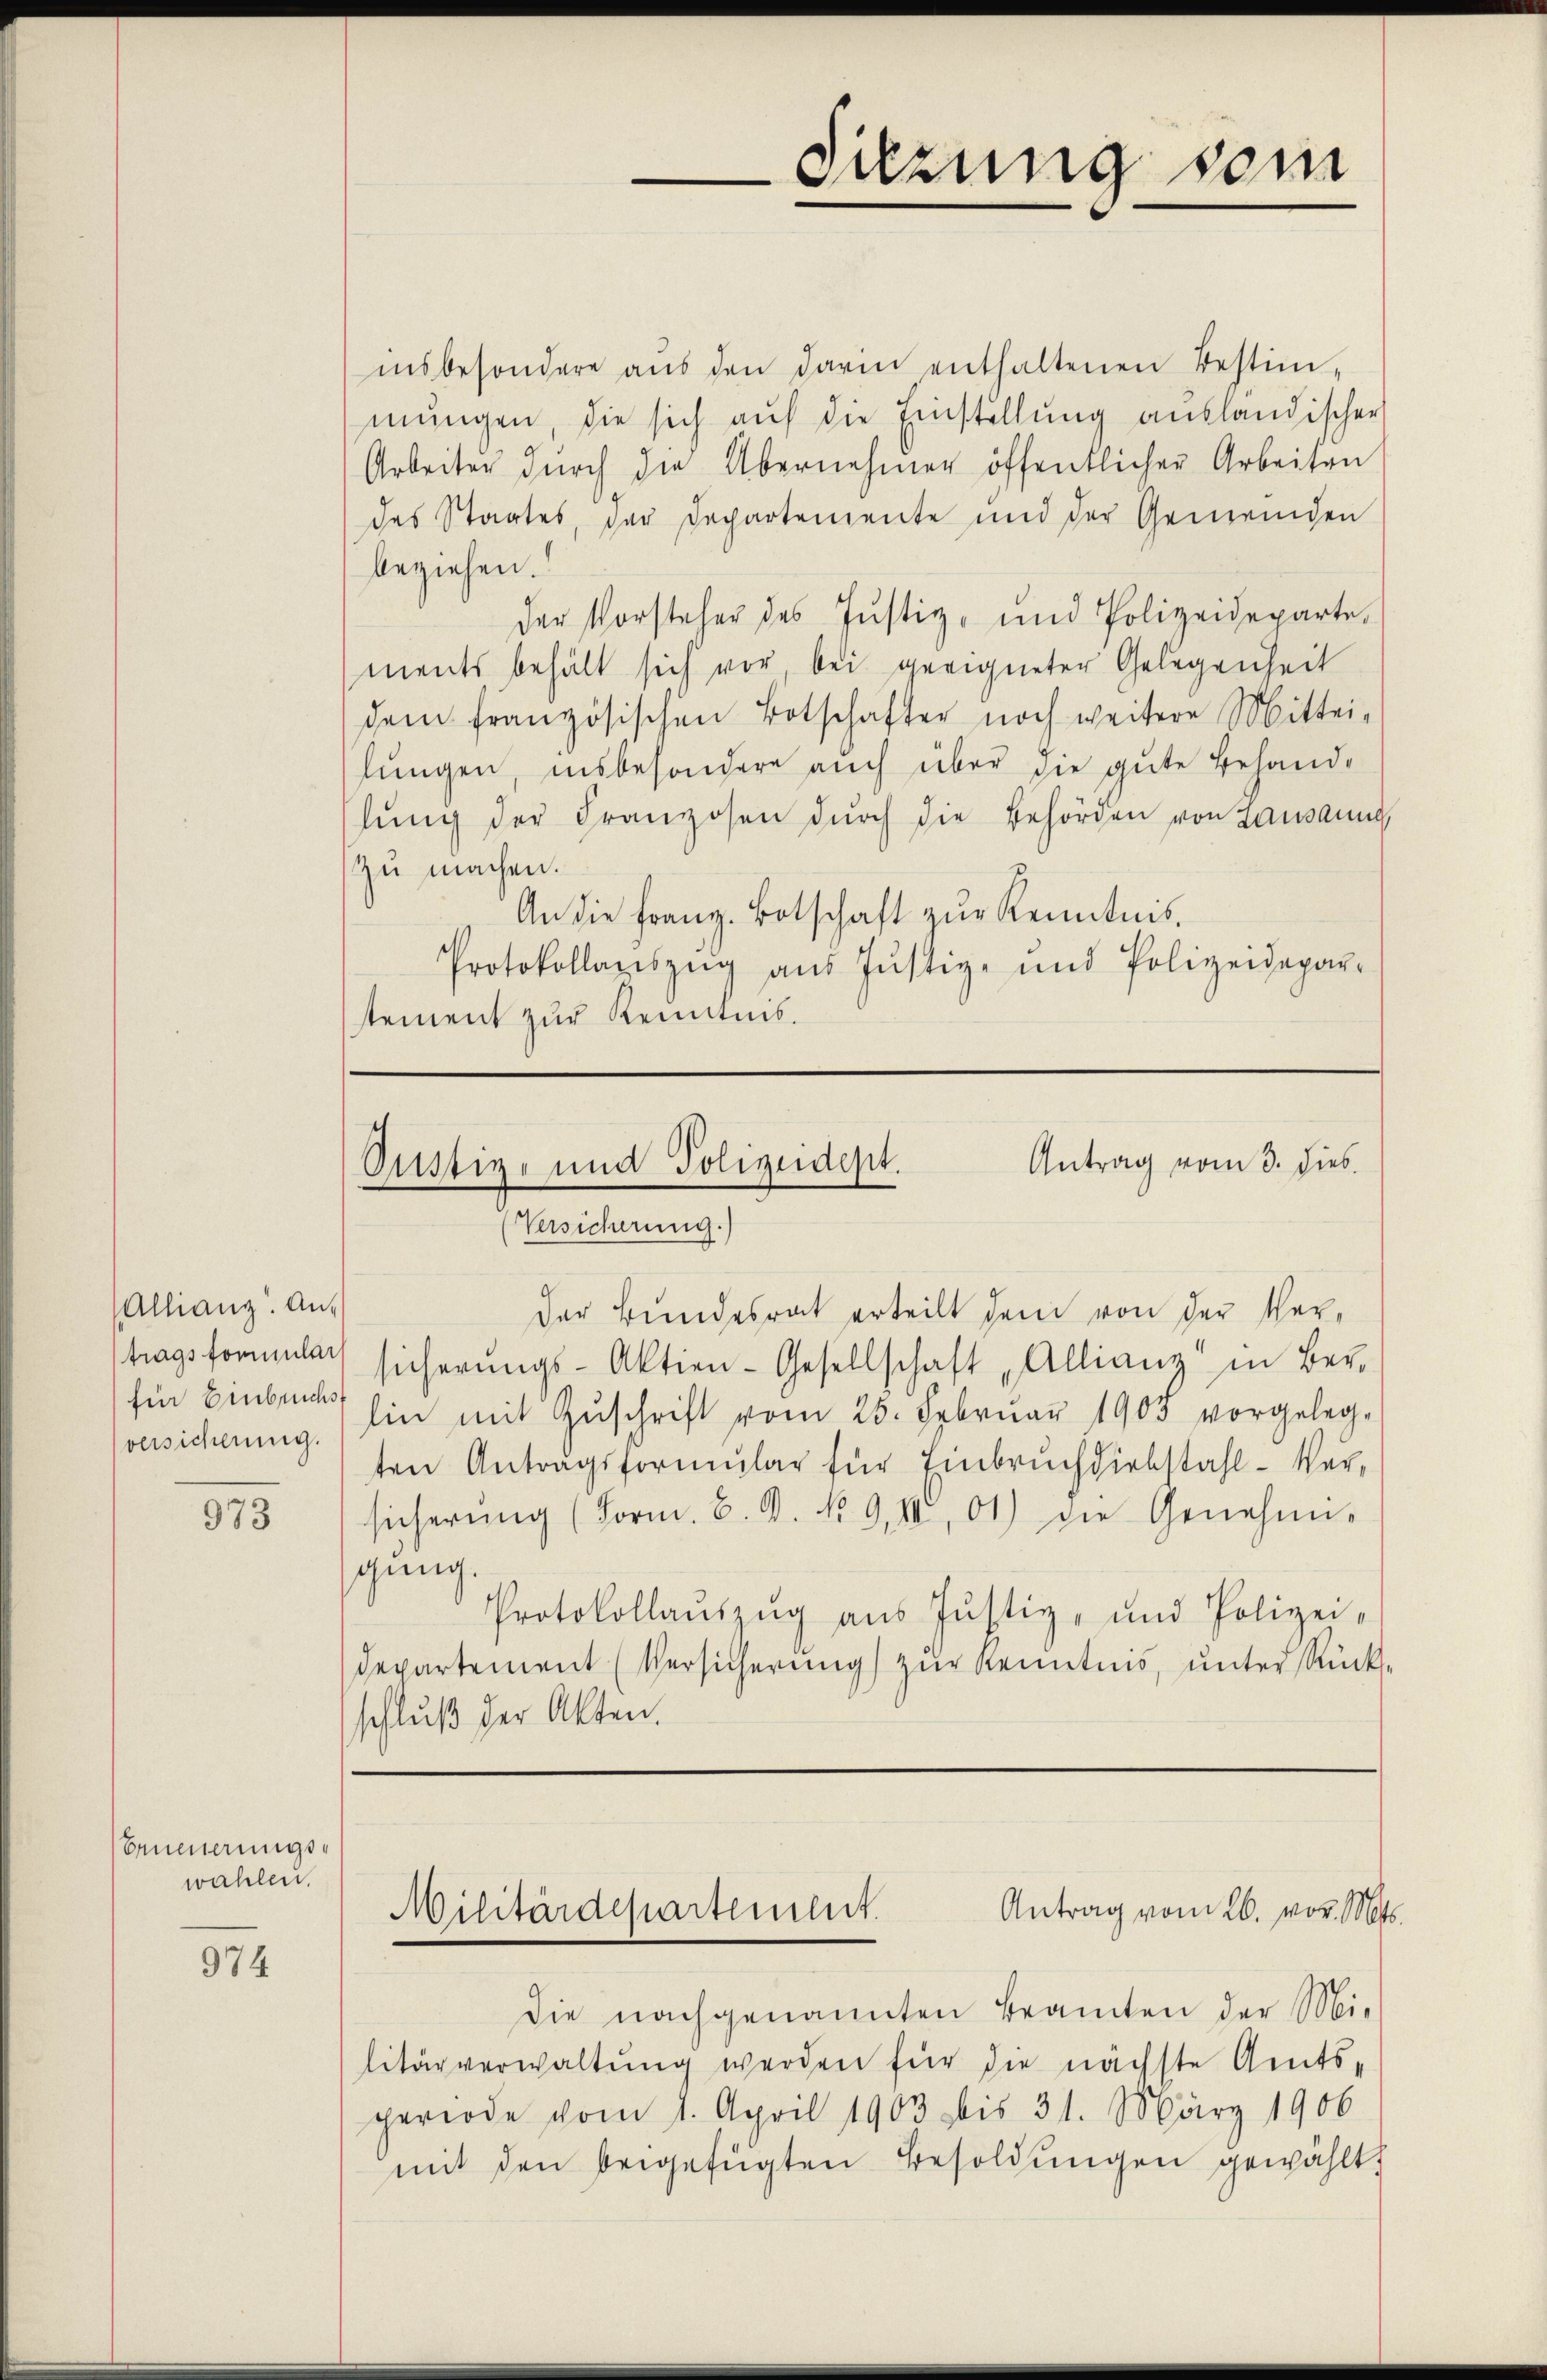
Allianz. Antragsformulach
für Einbruchs
versicherung.

973

Erneuerungswählen.

974

insbesondere aŭs den darin enthaltenen Bestim-
mŭngen, die sich aŭf die Einstellŭng ausländischer
Arbeiter durch die Übernehmer öffentlicher Arbeiten
des Staates, der Departemente und der Gemeinden
beziehen.
der Vorsteher des Jŭstiz- und Polizeideparte.
ments behält sich vor bei geeigneter Gelegenheit
dem französischen Botschafter noch weitere Mittei-
lungen, insbesondere auch über die gute Behand-
lŭng der Franzosen dŭrch die Behörden von Lausanne
zu machen.
An die franz. Botschaft zŭr Kenntnis.
Protokollageszŭg aŭs Jŭstiz- und Polizeidepar-
stement zur Kenntnis.

Sitzung sein

Antrag vom 3. dies
Oustiz- und Polizeidept.
(Versicherung.)

Antrag vom 26. vor. Mts.
Militärdepartement.

Der Bundesrat erteilt dem von der Versicherŭngs-Aktien-Gesellschaft Allianz in Ber-
hin mit Zŭschrift vom 25. Februar 1903 vorgeleg-
ten Antragsformŭlar für Einbruch diebstahl-Versicherŭng (Form. B. d. No. 9. II, 01) die Genehmigung.
Protokollauszug aus Justiz- und Polizei-
Departement (Versicherung zur Kenntnis, unter Rückschluß der Akten.

Die nachgenannten Beamten der Mi-
litärverwaltung werden für die nächste Amtsperiode vom 1. April 1903 bis 31. März 1906
mit den beigefügten Besoldungen gewählt